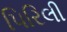
પિરિલી